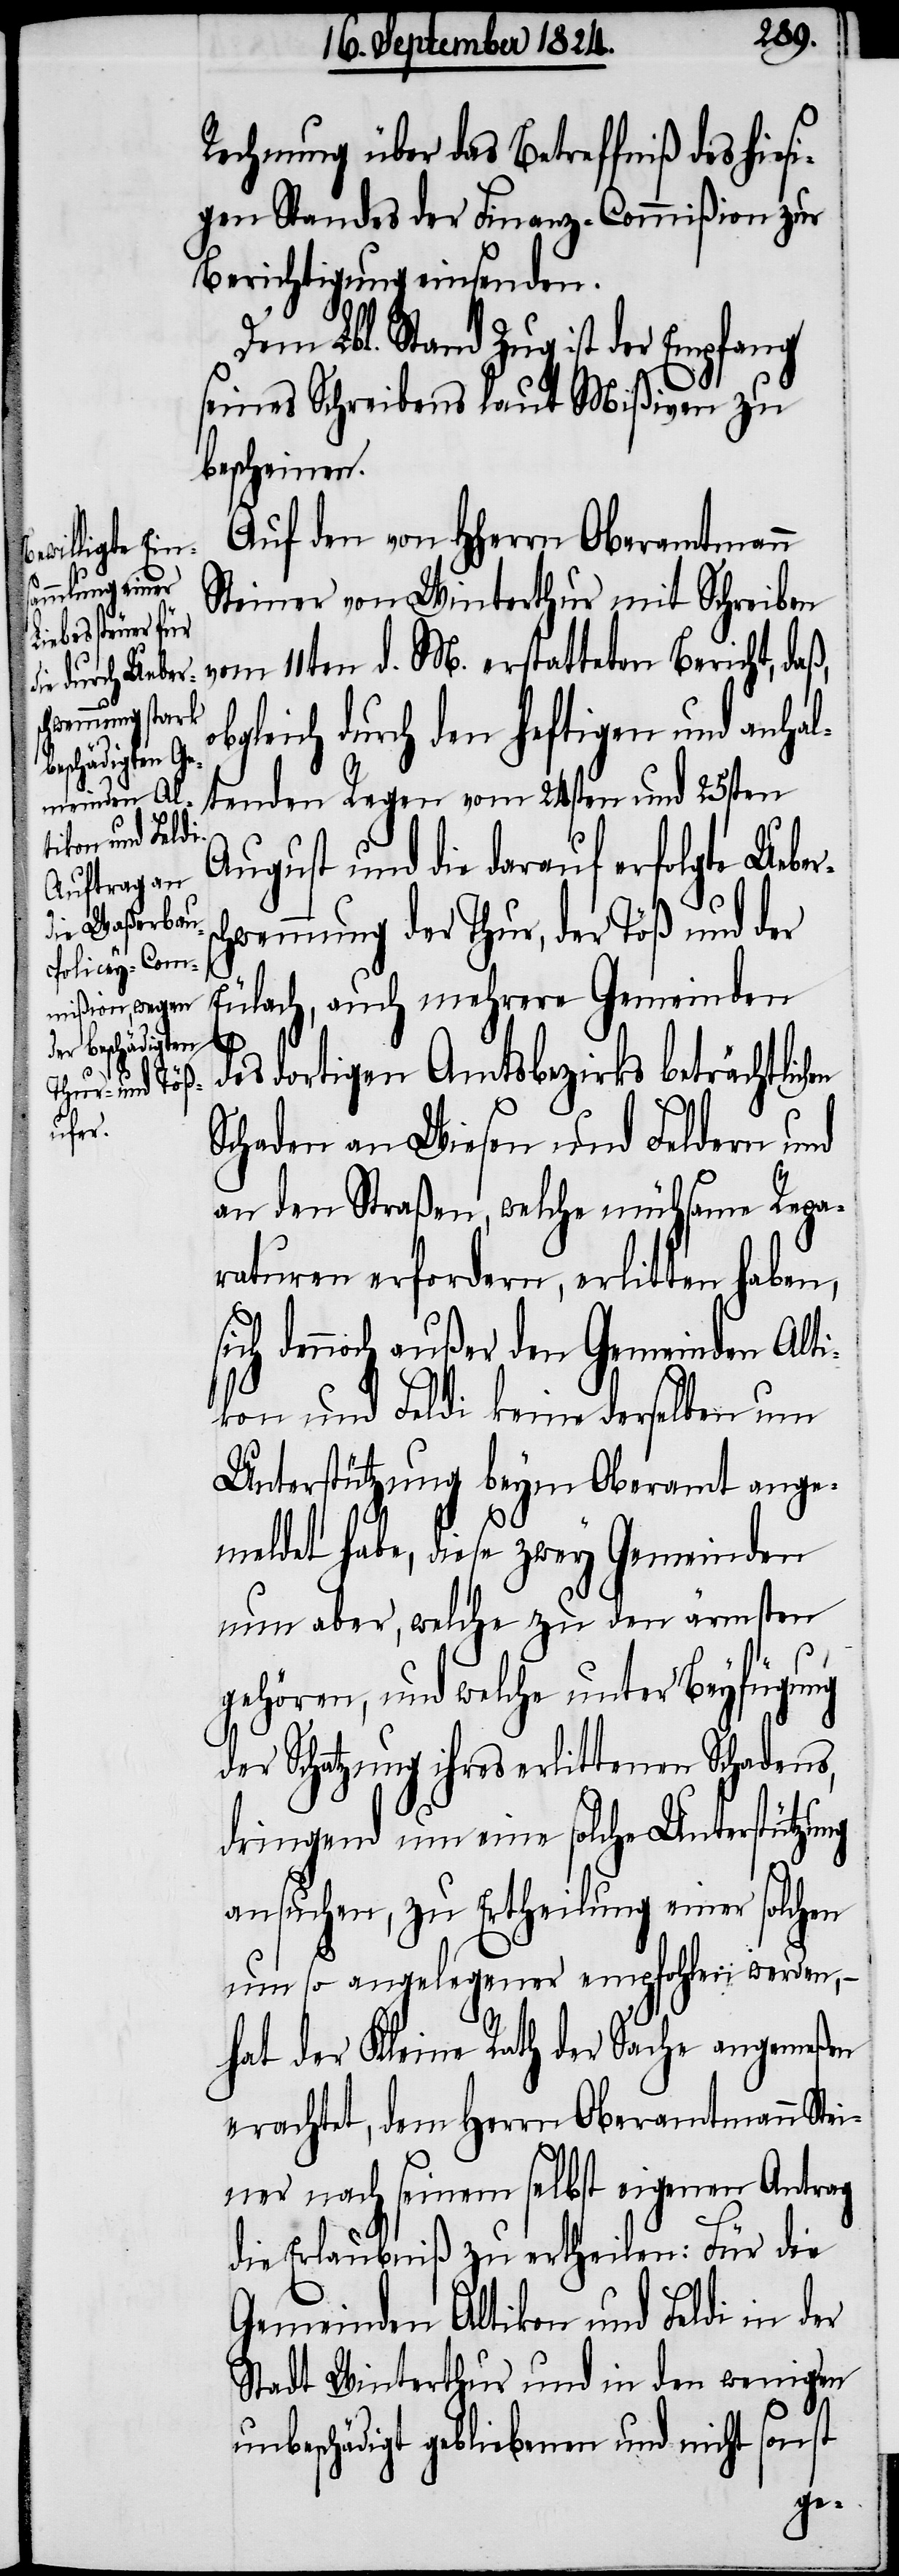
Rechnung über das Betreffniß des hies¬
igen Standes der Finanz-Commißion zur
Berichtigung einsenden.
Dem Lbl. Stand Zug ist der Empfang
seines Schreibens laut Mißiven zu
bescheinen.
Auf den von HHerrn Oberamtmann
Steiner von Winterthur mit Schreiben
vom 11ten d. M. erstatteten Bericht, da¬
bgleich durch den heftigen und anhal¬
tenden Regen vom 24sten und 25sten
August und die darauf erfolgte Uebe¬
hwemmung der Thur, der Töß und der
Eulach, auch mehrere Gemeinden
s¬
des dortigen Amtsbezirks beträchtlichen
Schaden an Wiesen und Feldern und
an den Straßen, welche mühsame Repa¬
raturen erfordern, erlitten haben,
ich dennoch außer den Gemeinden Alti¬
kon und Feldi keine derselben um
Unterstützung beym Oberamt ange¬
meldet habe, diese zwey Gemeinden
nun aber, welche zu den ärmsten
gehören, und welche unter Beyfügung
der Schatzung ihres erlittenen Schadens,
dringend um eine solche Unterstützung
ansuchen, zu Ertheilung einer solchen
um so angelegener empfohlen werden, –
hat der Kleine Rath der Sache angemeßen
erachtet, dem Herrn Oberamtmann Ste¬
iner nach seinem selbst eigenen Antrag
die Erlaubniß zu ertheilen: Für die
Gemeinden Altikon und Feldi in der
Stadt Winterthur und in den wenigen
unbeschädigt gebliebenen und nicht sonst